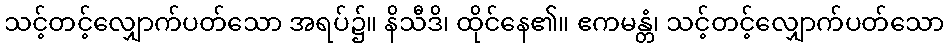
သင့်တင့်လျှောက်ပတ်သော အရပ်၌။ နိသီဒိ၊ ထိုင်နေ၏။ ဧကမန္တံ၊ သင့်တင့်လျှောက်ပတ်သော